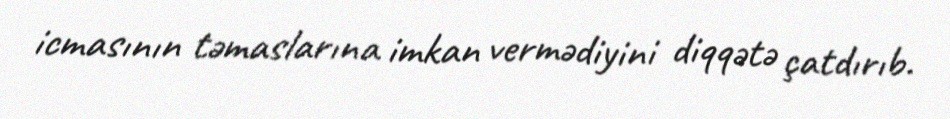
icmasının təmaslarına imkan vermədiyini diqqətə çatdırıb.